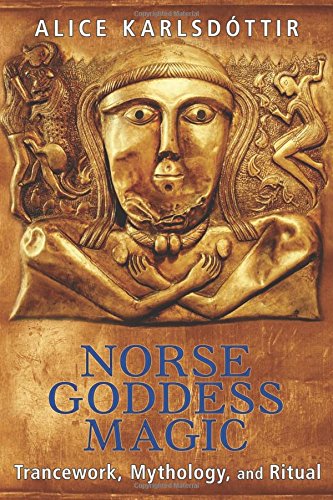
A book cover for Norse Goddess Magic: Trancework, Mythology, and Ritual; Alice KarlsdÃ³ttir; Religion & Spirituality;